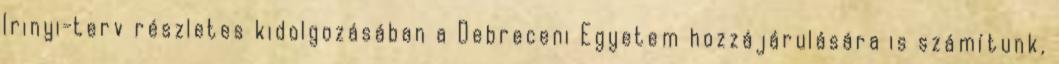
Irinyi-terv részletes kidolgozásában a Debreceni Egyetem hozzájárulására is számítunk,